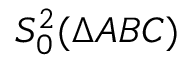
S _ { 0 } ^ { 2 } ( \Delta A B C )